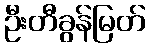
ဦးတီခွန်မြတ်